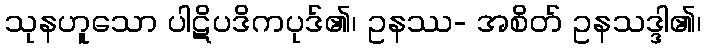
သုနဟူသော ပါဋိပဒိကပုဒ်၏၊ ဥနဿ- အစိတ် ဥနသဒ္ဒါ၏၊